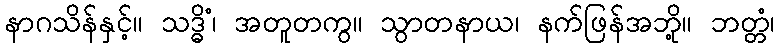
နာဂသိန်နှင့်။ သဒ္ဓိံ၊ အတူတကွ။ သွာတနာယ၊ နက်ဖြန်အဘို့။ ဘတ္တံ၊